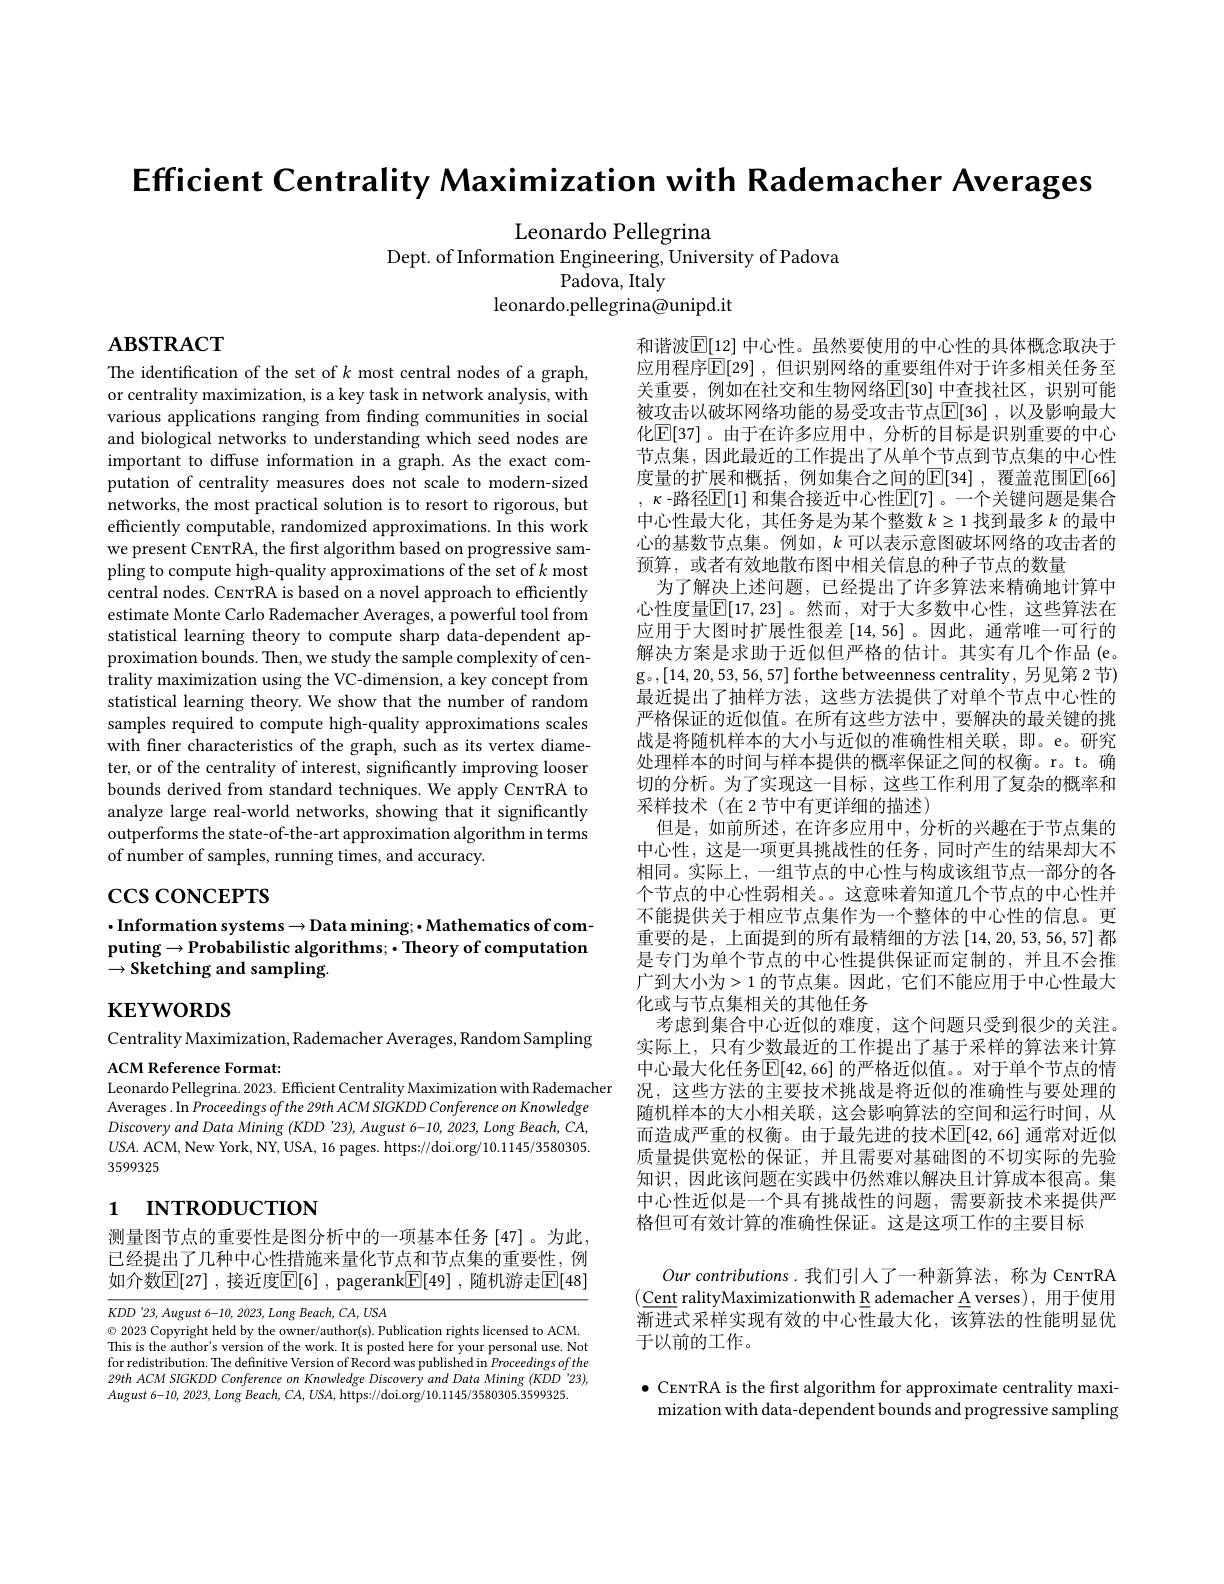
Efficient Centrality Maximization with Rademacher Averages

Leonardo Pellegrina

Dept. of Information Engineering, University of Padova
Padova, Italy
leonardo.pellegrina@unipd.it

$\mathbf{ABSTRACT}$

The identification of the set of $k$ most central nodes of a graph, or centrality maximization, is a key task in network analysis, with various applications ranging from fnding communities in social and biological networks to understanding which seed nodes are important to diffuse information in a graph. As the exact computation of centrality measures does not scale to modern-sized networks, the most practical solution is to resort to rigorous, but efficiently computable, randomized approximations. In this work we present CENTRA, the first algorithm based on progressive sampling to compute high-quality approximations of the set of k most central nodes. CENTRA is based on a novel approach to efficiently estimate Monte Carlo Rademacher Averages, a powerful tool from statistical learning theory to compute sharp data-dependent approximation bounds. Then, we study the sample complexity of centrality maximization using the VC-dimension, a key concept from statistical learning theory. We show that the number of random samples required to compute high-quality approximations scales with finer characteristics of the graph, such as its vertex diameter, or of the centrality of interest, significantly improving looser bounds derived from standard techniques. We apply CENTRA to analyze large real-world networks, showing that it significantly outperforms the state-of-the-art approximation algorithm in terms of number of samples, running times, and accuracy.

和谐波$\mathbb{E}[12]$ 中心性。虽然要使用的中心性的具体概念取决于应用程序$\overline{\mathbb{E}}[29]$, 但识别网络的重要组件对于许多相关任务至关重要，例如在社交和生物网络$\mathbb{E}[30]$ 中查找社区，识别可能被攻击以破坏网络功能的易受攻击节点$\mathbb{E}[36]$ ,以及影响最大化$\mathbb{E}[37]$。由于在许多应用中，分析的目标是识别重要的中心节点集，因此最近的工作提出了从单个节点到节点集的中心性度量的扩展和概括，例如集合之间的$\mathbb{E}[34]$ ,覆盖范围$\mathbb{E}[66]$ , $\kappa$ -路径$\mathbb{E}[1]$ 和集合接近中心性$\mathbb{E}[7]$。一个关键问题是集合中心性最大化，其任务是为某个整数$k\geq1$找到最多$k$的最中心的基数节点集。例如，$k$可以表示意图破坏网络的攻击者的预算，或者有效地散布图中相关信息的种子节点的数量
为了解决上述问题，已经提出了许多算法来精确地计算中心性度量$\mathbb{E}[17,23]$。然而，对于大多数中心性，这些算法在应用于大图时扩展性很差[14,56] 。因此，通常唯一可行的解决方案是求助于近似但严格的估计。其实有几个作品(e。g。,[14,20,53,56,57] forthe betweenness centrality, 另 见 第 2 节 ) g。,[14,20,53,56,57] forthe betweenness centrality, 另 见 第 2 节 ) 最近提出了抽样方法，这些方法提供了对单个节点中心性的严格保证的近似值。在所有这些方法中，要解决的最关键的挑战是将随机样本的大小与近似的准确性相关联，即。e。研究处理样本的时间与样本提供的概率保证之间的权衡。r。t。确切的分析。为了实现这一目标，这些工作利用了复杂的概率和采样技术(在2节中有更详细的描述)
但是，如前所述，在许多应用中，分析的兴趣在于节点集的中心性，这是一项更具挑战性的任务，同时产生的结果却大不相同。实际上，一组节点的中心性与构成该组节点一部分的各个节点的中心性弱相关。。这意味着知道几个节点的中心性并不能提供关于相应节点集作为一个整体的中心性的信息。更重要的是，上面提到的所有最精细的方法[14,20,53,56,57]都是专门为单个节点的中心性提供保证而定制的，并且不会推广到大小为>1 的节点集。因此，它们不能应用于中心性最大化或与节点集相关的其他任务
考虑到集合中心近似的难度，这个问题只受到很少的关注。实际上，只有少数最近的工作提出了基于采样的算法来计算中心最大化任务$\mathbb{E}[42,66]$ 的严格近似值。。对于单个节点的情
Leonardo Pellegrina. 2023. Efficient Centrality Maximization with Rademacher 况，这些方法的主要技术挑战是将近似的准确性与要处理的
随机样本的大小相关联，这会影响算法的空间和运行时间，从而造成严重的权衡。由于最先进的技术$\mathbb{E}[42,66]$ 通常对近似质量提供宽松的保证，并且需要对基础图的不切实际的先验知识，因此该问题在实践中仍然难以解决且计算成本很高。集中心性近似是一个具有挑战性的问题，需要新技术来提供严格但可有效计算的准确性保证。这是这项工作的主要目标
Our contributions.我们引人了一种新算法，称为 CENTRA $(\underline{\text{Cent ralityMaximizationwith}}\underline{\text{R ademacher A verses}})$,用于使用

# $\csc\csc$coNCEPTS

## $\cdot$Information systems$\to$Data mining;$\bullet$Mathematics of computing$\to$Probabilistic algorithms; ·Theory of computation $\to{\mathrm{Sketching~and~sampling}}.$

$\mathbf{KEYWORDS}$

Centrality Maximization, Rademacher Averages, Random Sampling
ACM Reference Format:

Averages. In Proceedings $ofthe29thACMSIGKDDConferenceonKnowledge$ Discoveryand Data Mining $(KDD^{\prime}23),August$ 6-10, 2023, Long Beach, CA, $USA.$ ACM, New York, NY, USA, 16 pages. https://doi.org/10.1145/3580305. 3599325

# 1 пткористıon

测量图节点的重要性是图分析中的一项基本任务[47]。为此， 已经提出了几种中心性措施来量化节点和节点集的重要性，例如介数$\mathbb{E}[27]$ ,接近度$\mathbb{E}[6]$ , pagerank$\boxed{\mathbb{F}}[49]$ ,随机游走$\mathbb{E}[48]$

渐进式采样实现有效的中心性最大化，该算法的性能明显优
于以前的工作。

$KDD^{\prime }23, August$ $6- 10, 2023, Long$ $Beach, CA, USA$
$\odot$ 2023 Copyright held by the owner/author(s). Publication rights licensed to ACM. This is the author's version of the work. It is posted here for your personal use. Not for redistribution. The definitive Version of Record was published in Proceedings of the 29th ACM SIGKDD Conference on Knowledge Discovery and Data Mining (KDD '23), $August 6- 10, 2023, Long Beach, CA, USA, $https: / / doi. org/ 10. 1145/ 3580305. 3599325.

$\bullet$ CENTRA is the first algorithm for approximate centrality maximization with data-dependent bounds and progressive sampling